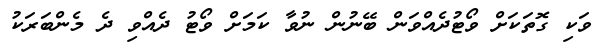
ވަކި ގޮތަކަށް ވޯޓުދެއްވަން ބޭނުން ނުވާ ކަމަށް ވޯޓު ދެއްވި ދެ މެންބަރަކު